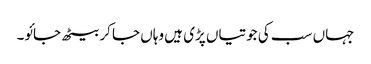
جہاں سب کی جوتیاں پڑی ہیں وہاں جا کر بیٹھ جائو۔